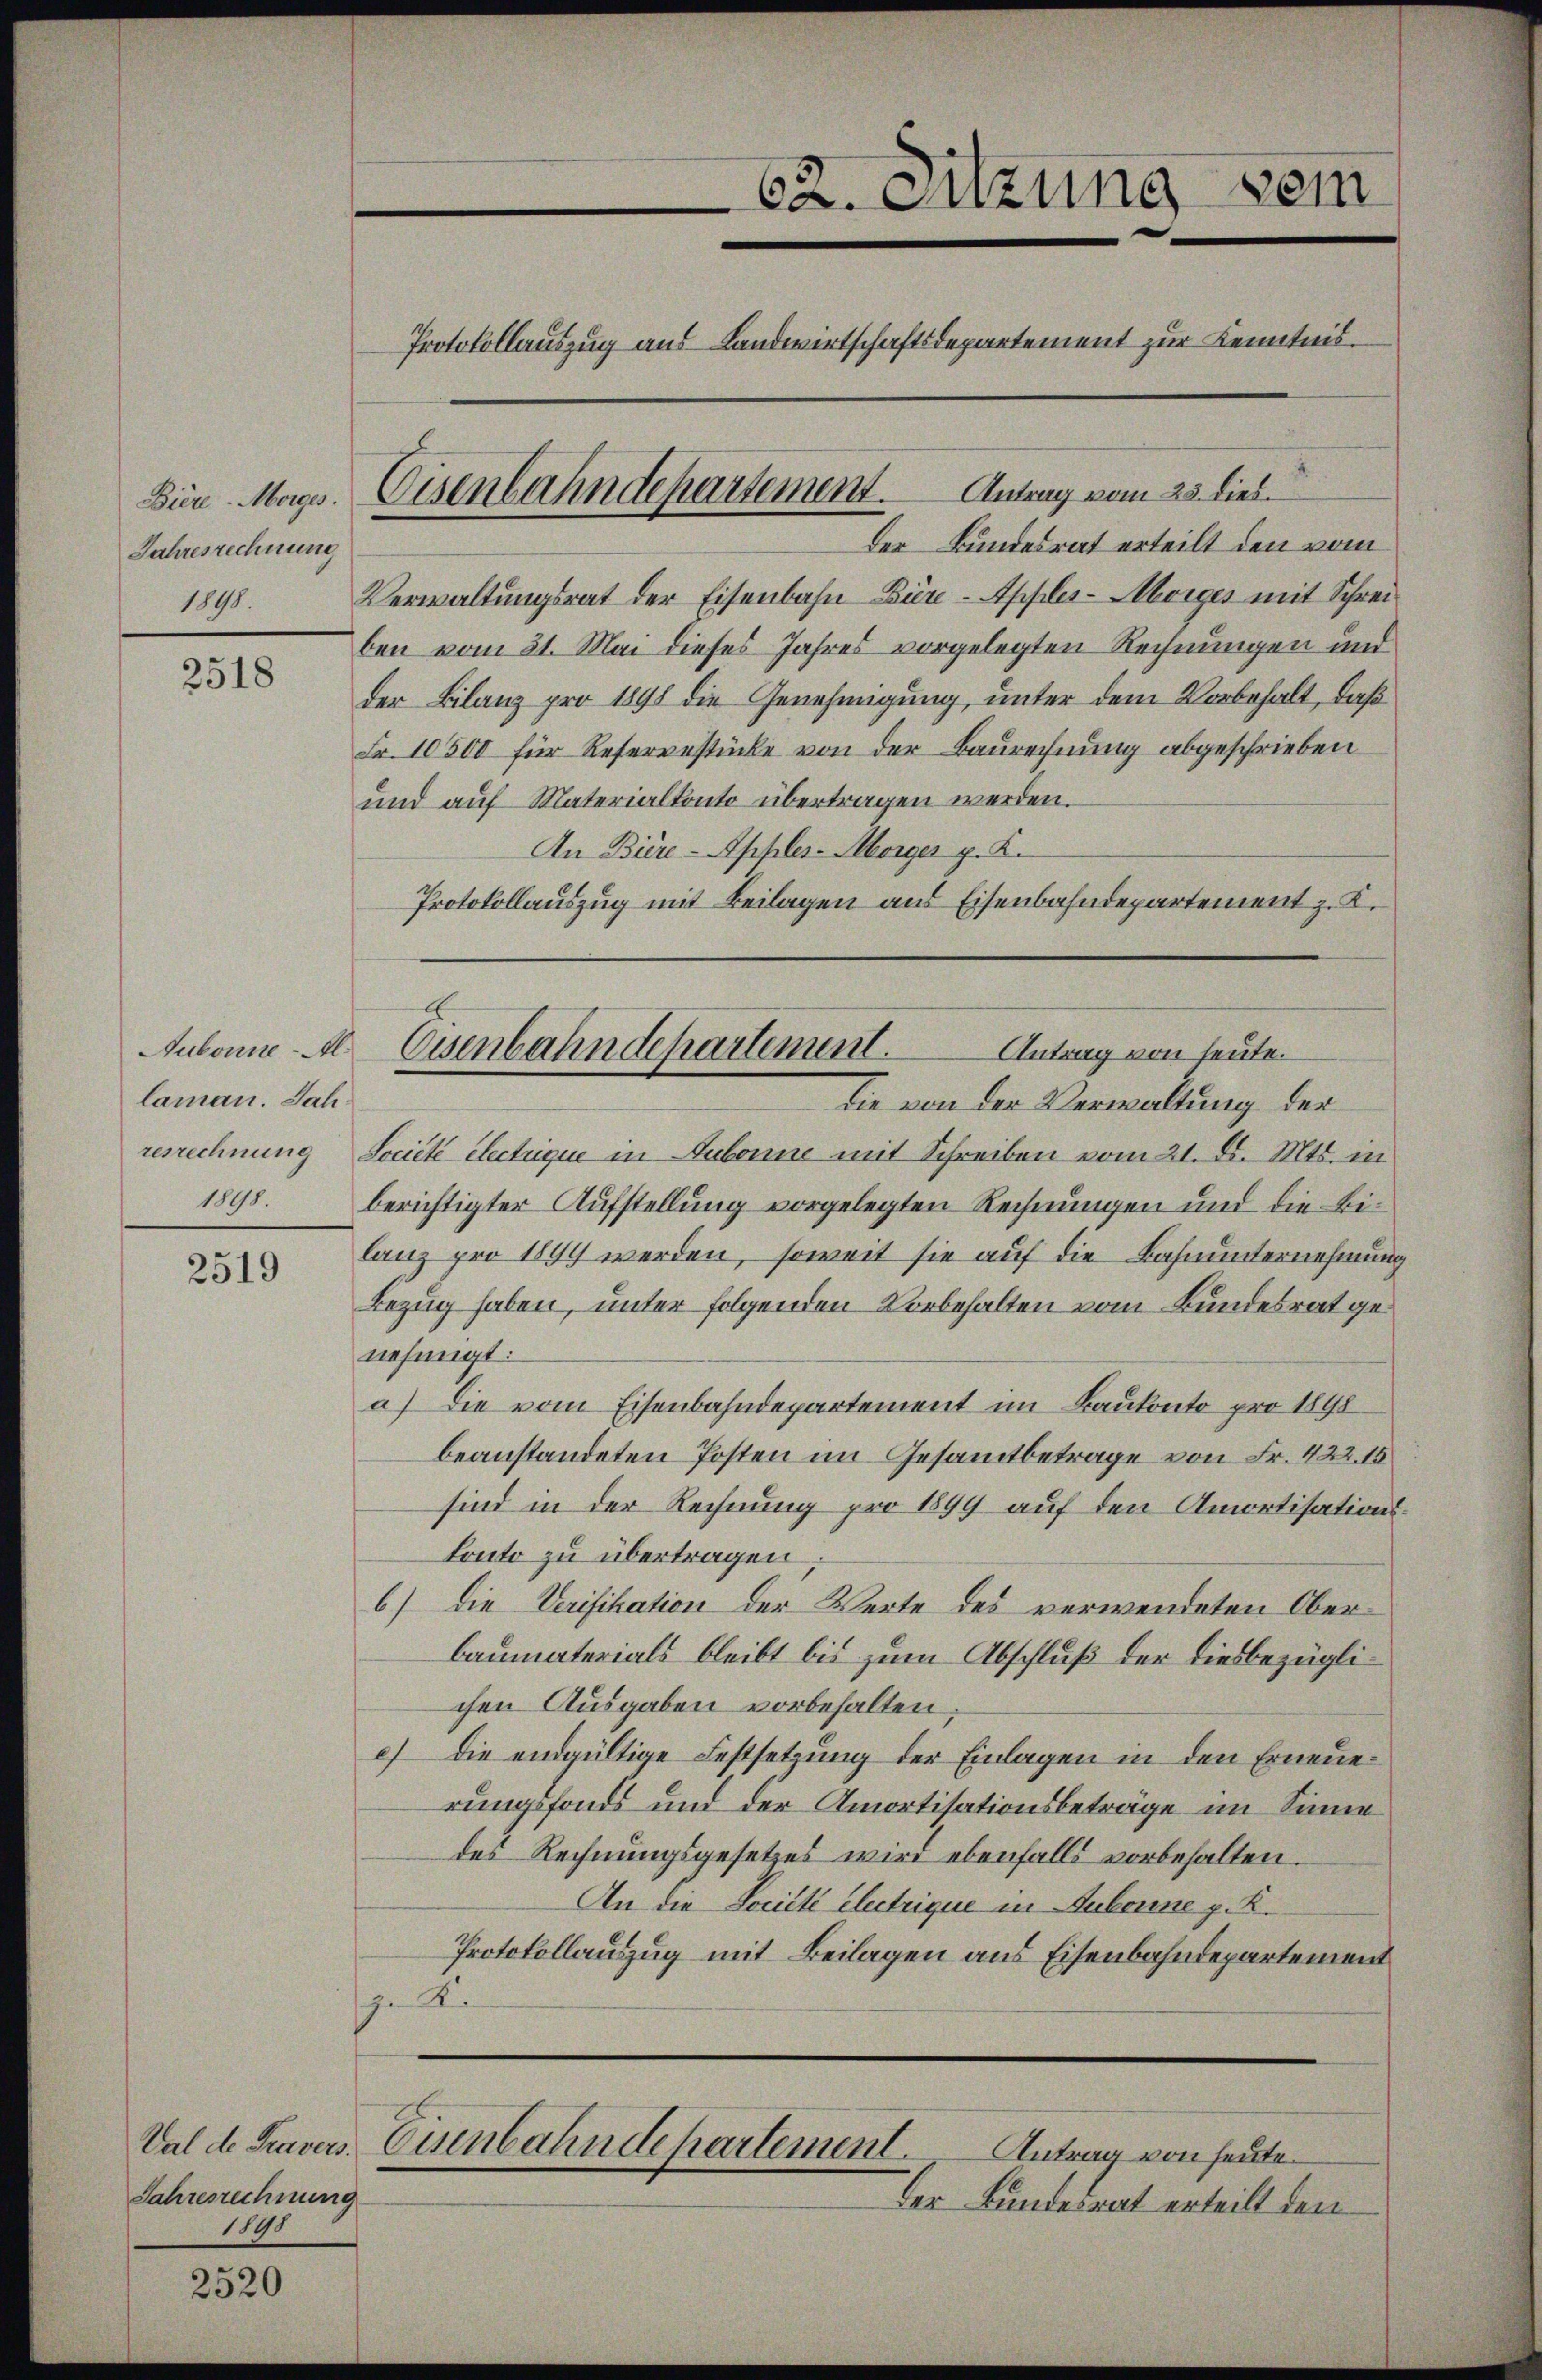
Jahresrechnung
1898.

2518

Aubonne - Al.
laman. Jahresrechnung
1898.

2519

Jahresrechnung
1895

2520

Der Bundesrat erteilt den vom
Verwaltungsrat der Eisenbahn Büre-Appler-Morges mit Schreiben vom 21. Mai dieses Jahres vorgelegten Rechnungen und
der Bilanz pro 1898 die Genehmigung, unter dem Vorbehalt, daß
Fr. 10300 für Refergestücke von der Baurechnung abgeschrieben
und auf Materialkonto übertragen werden.
An Biere-Appler-Morger p. K.
Protokollauszug mit Beilagen aus Eisenbahndepartement z. K.

62. Sitzung dem
Protokollauszug aus Landwirtschaftsdepartement zur Kenntnis¬

Bier Mag. Eisenbahndepartement. Antrag vom 23. dies

Eisenbahndchartement.
Antrag von heute.
die von der Verwaltung der

Société lectrique in Dubonne mit Schreiben vom 21. d. Mts. in
berichtigter Aufstellung vorgelegten Rechnungen und die Bilanz pro 1894 werden, soweit sie auf die Bahnunternehmung
Bezug haben, unter folgenden Vorbehalten vom Bundesrat genehmigt:
a) Die vom Eisenbahndepartement im Baukonto pro 1898
beanstandeten Posten im Gesammtbetrage von Fr. 422. 15
sind in der Rechnung pro 1899 auf den Amortisations¬
Conto zu übertragen,
6) Die Verifikation der Werte des verwendeten Ober¬
Baumaterials bleibt bis zum Abschluß der diesbezüglichen Ausgaben vorbehalten
c) die endgültige Festsetzung der Einlagen in den Erneuerungsfonds und der Amortisationsbeträge im Sinne
des Rechnungsgesetzes wird ebenfalls vorbehalten.
An die Société electrique in Aubonne p. K.
Protokollauszug mit Beilagen aus Eisenbahndepartement
sn Kr
Val de Pravers. Eisenbahndepartement.
Antrag von heute.
Der Bundesrat erteilt den